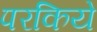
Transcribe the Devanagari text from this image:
परकिये